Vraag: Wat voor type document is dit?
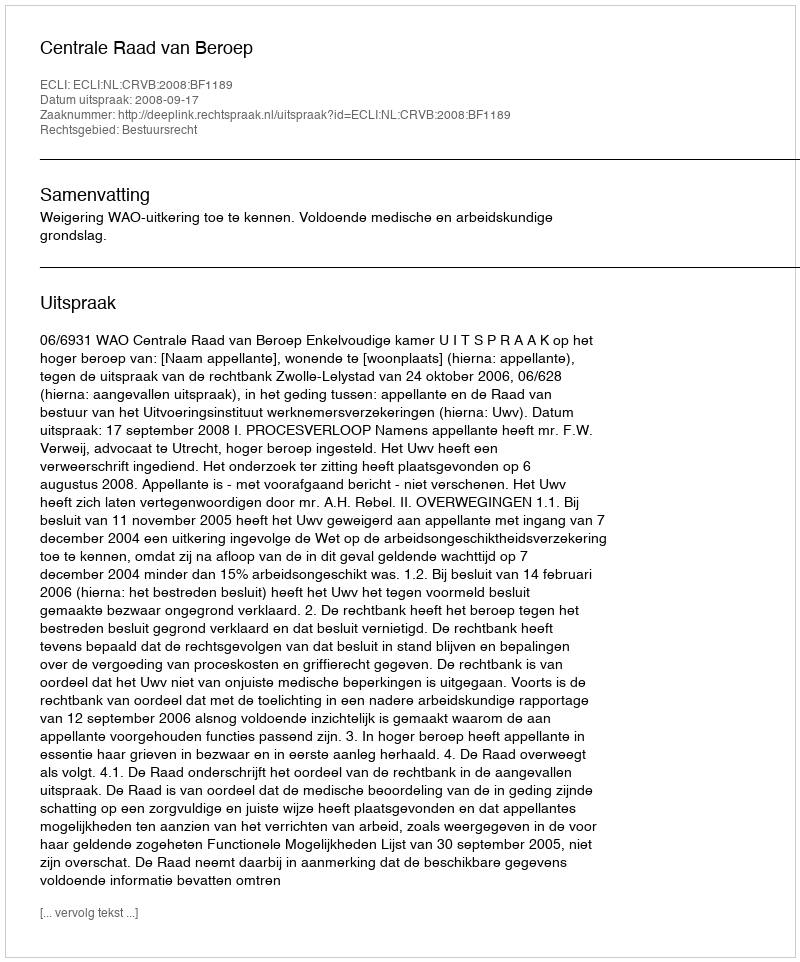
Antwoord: Uitspraak